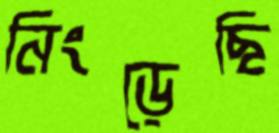
নিংড়েছি